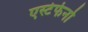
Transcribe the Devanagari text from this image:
एस्टेफेनो